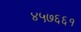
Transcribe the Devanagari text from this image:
४५७६६१